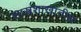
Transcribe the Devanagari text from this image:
शास्त्रशाखांतील